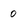
Character: 0